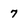
Character: 7